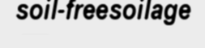
soil-freesoilage